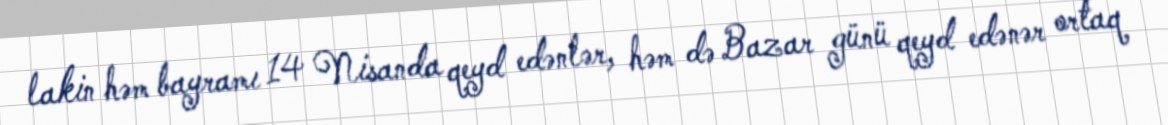
lakin həm bayramı 14 Nisanda qeyd edənlər, həm də Bazar günü qeyd edənər ortaq